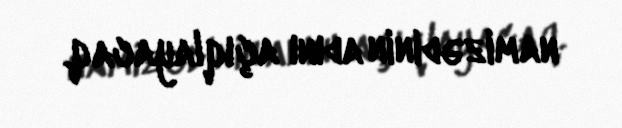
namizədinin adını açıqlayacaq.